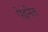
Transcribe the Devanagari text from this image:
पेइनेत